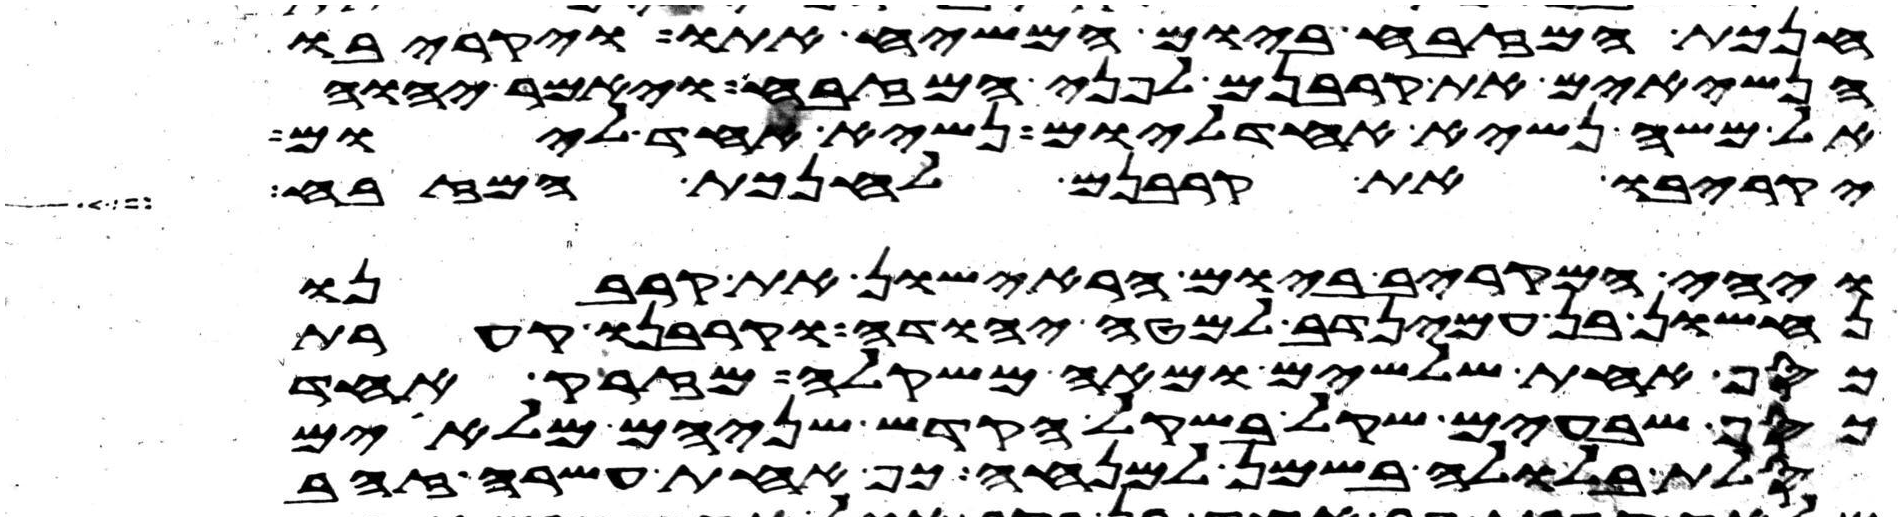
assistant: חנכת המזבח ביום המשיח אתו ויקריבו
הנשיאים את קרבנם לפני המזבח ויאמר יהוה
אל משה נשיא אחד ליום נשיא אחד ליום
יקריבו את קרבנם לחנכת המזבח
ויהי המקריב ביום הראישון את קרבנו
נחשון בן עמינדב למטה יהודה וקרבנו קערת
כסף אחת שלשים ומאה משקלה מזרק אחד
כסף שבעים שקל בשקל הקדש שניהם מלאים
סלת בלולה בשמן למנחה כף אחת עשרה זהב